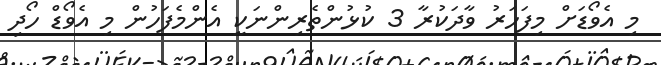
މި އެވޯޑަށް މިފަހަރު ވާދަކުރާ 3 ކުޅުންތެރިންނަކީ އެންމެފަހުން މި އެވޯޑް ހޯދި